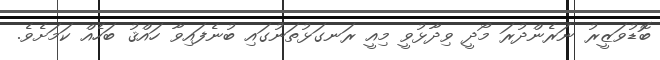
ބޮޑުވަޒީރު ނަރެންދުރަ މޯދީ ވިދާޅުވީ މިއީ ރަނގަޅުތަނުގައި ބުނެފައިވާ ހައްޤު ބަހެއް ކަމަށެވެ.